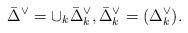
LaTeX: \begin{align*}\bar{\Delta}^\vee=\cup_k \bar{\Delta}^\vee_k,\bar{\Delta}^\vee_k= (\Delta^\vee_k).\end{align*}